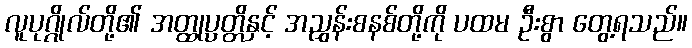
လူပုဂ္ဂိုလ်တို့၏ အတ္ထုပ္ပတ္တိနှင့် အညွှန်းစနစ်တို့ကို ပထမ ဦးစွာ တွေ့ရသည်။